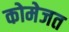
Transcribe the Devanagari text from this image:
कोमेजत